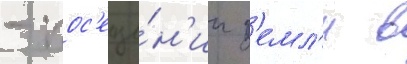
- пос'еще́н'ии з'емл'и в